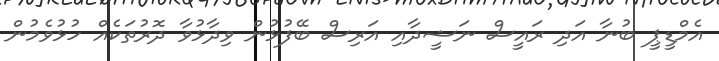
އެމްޑީޕީ ބުނާ އަދި ރައީސް ނަޝީދާއި އަރިސް ބޭފުޅުން ވިދާޅުވާ ދޮރުތަކެއް ހުޅުވެމުން